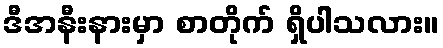
ဒီအနီးနားမှာ စာတိုက် ရှိပါသလား။